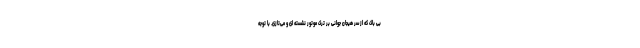
بی باک که از سر هیجان جوانی بر ترک موتور نشسته ای و می‌تازی. با توجه